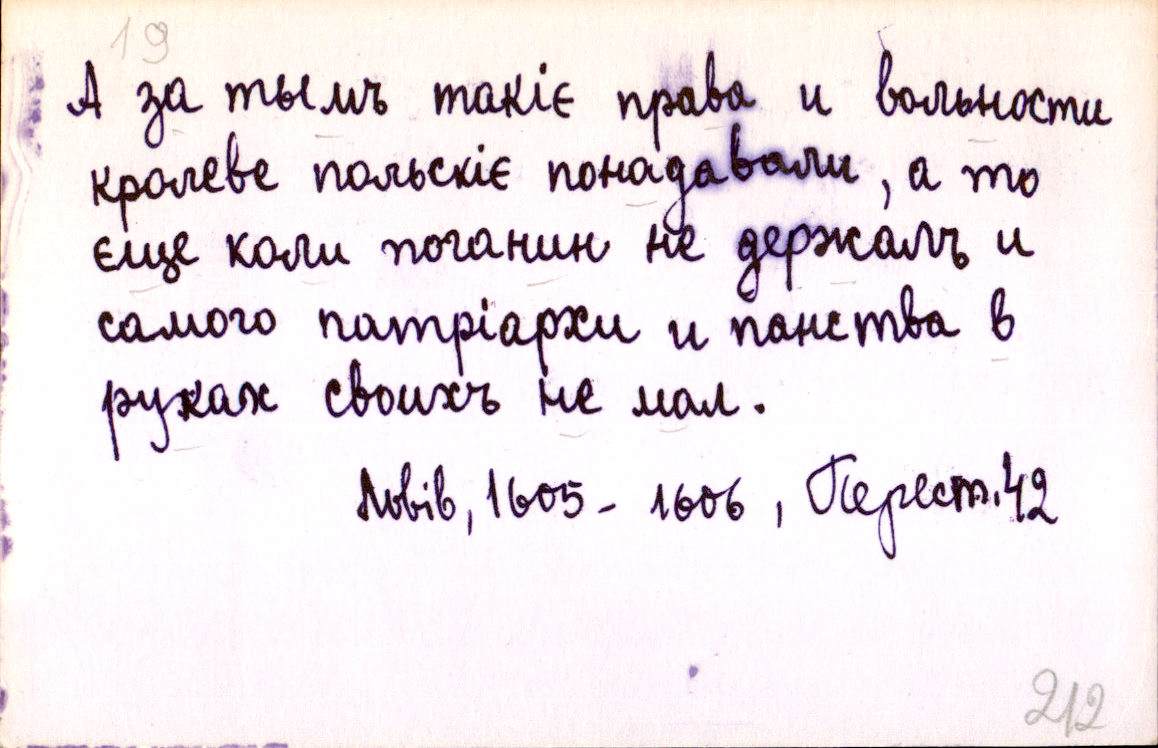
А за тымъ такіє права и вольности
кролеве польскіє понадавали, а то
єще коли поганин не держалъ и
самого патріархи и панства в
руках своихъ не мал.
Львів, 1605 - 1606, Перест. 42